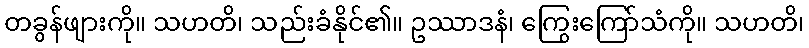
တခွန်ဖျားကို။ သဟတိ၊ သည်းခံနိုင်၏။ ဥဿာဒနံ၊ ကြွေးကြော်သံကို။ သဟတိ၊